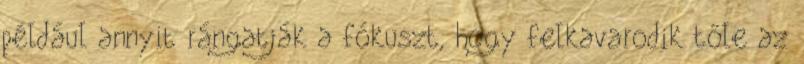
például annyit rángatják a fókuszt, hogy felkavarodik tőle az